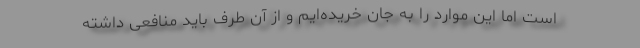
است اما این موارد را به جان خریده‌ایم و از آن طرف باید منافعی داشته